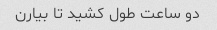
دو ساعت طول کشید تا بیارن